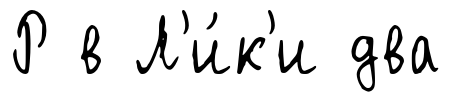
Р в Л'и́к'и два